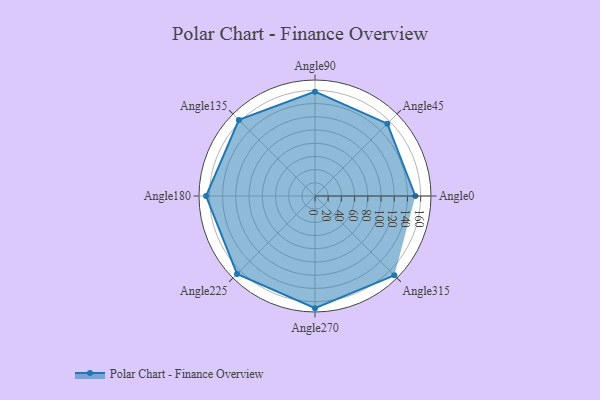
{"axis": {"x": "Angle", "y": "Radius"}, "legend": [""], "data": [{"x": "Angle0", "y": 152.0, "type": ""}, {"x": "Angle45", "y": 155.0, "type": ""}, {"x": "Angle90", "y": 158.0, "type": ""}, {"x": "Angle135", "y": 163.0, "type": ""}, {"x": "Angle180", "y": 165.0, "type": ""}, {"x": "Angle225", "y": 167.0, "type": ""}, {"x": "Angle270", "y": 170, "type": ""}, {"x": "Angle315", "y": 170, "type": ""}]}